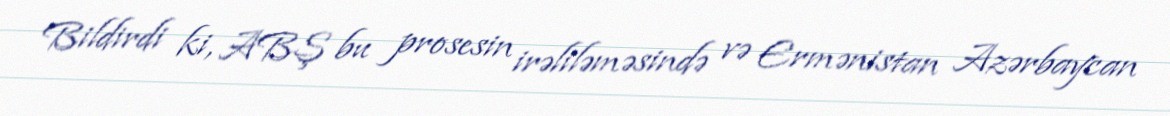
Bildirdi ki, ABŞ bu prosesin irəliləməsində və Ermənistan Azərbaycan